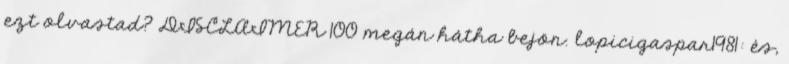
ezt olvastad? DISCLAIMER 100 megán hátha bejön. lopicigaspar1981: és,